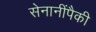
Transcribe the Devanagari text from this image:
सेनानींपैकी